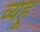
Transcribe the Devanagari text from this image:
व्यहू